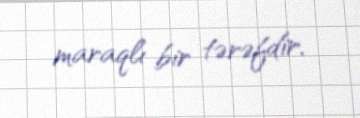
maraqlı bir tərəfdir.